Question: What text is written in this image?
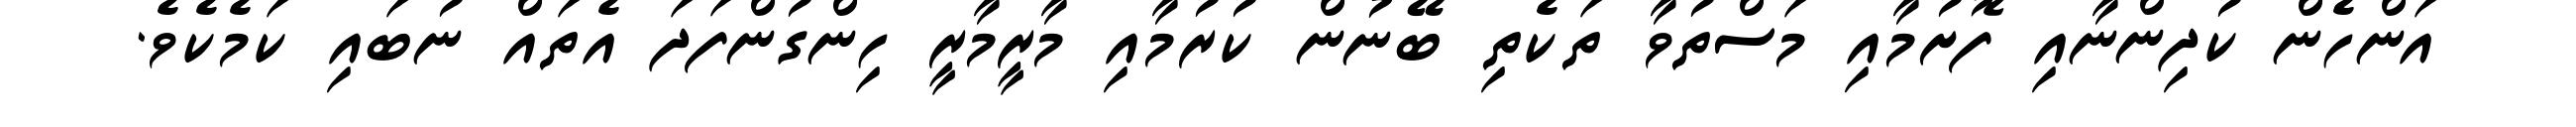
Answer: އަންހެން ކުދިންނާއި ފޮށުމާއި މަސްތުވާ ތަކެތި ބޭނުން ކުރުމާއި މާރީމާރީ ހިންގުންފަދަ އެތައް ނުބައި ކަމެކެވެ.